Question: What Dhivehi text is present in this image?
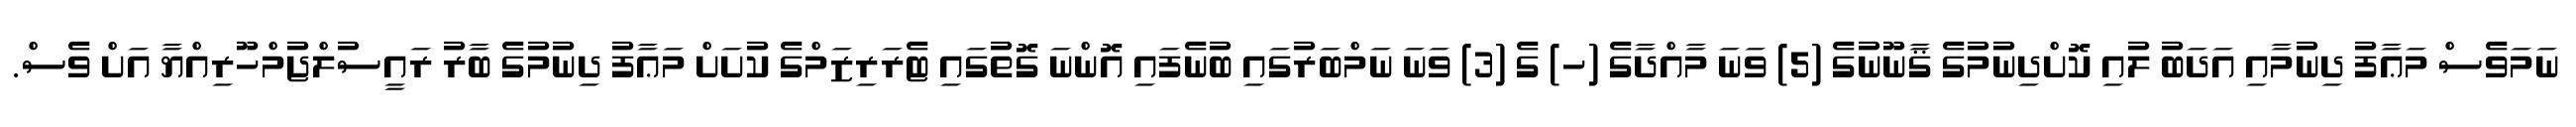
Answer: ނަމަވެސް މަޢާފު ދިނުމާއި އަދަބު ލުއި ކޮށްދިނުމުގެ ޤާނޫނުގެ (5) ވަނަ މާއްދާގެ (ހ) ގެ (3) ވަނަ ނަމްބަރުގައި ބުނެފައި އޮންނަ ގޮތުގައި ޓެރަރިޒަމްގެ ކުށަށް މަޢާފު ދިނުމުގެ ބާރު ރައީސުލްޖުމްހޫރިއްޔާ އަށް ވެސް.